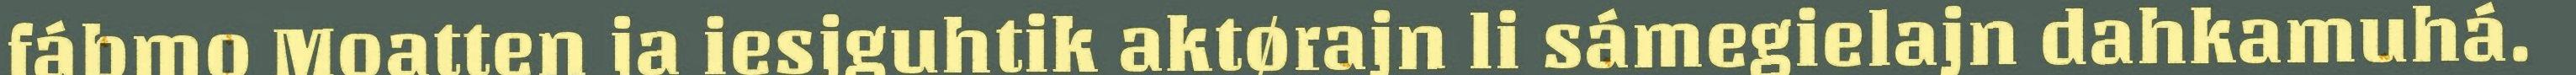
fábmo Moatten ja iesjguhtik aktørajn li sámegielajn dahkamuhá.